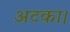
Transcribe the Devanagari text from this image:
अटका।